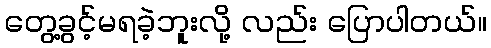
တွေ့ခွင့်မရခဲ့ဘူးလို့ လည်း ပြောပါတယ်။